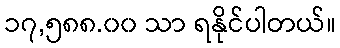
၁၇,၅၈၈.၀၀ သာ ရနိုင်ပါတယ်။